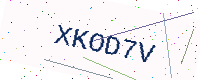
Text: XKOD7V